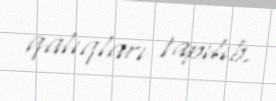
qalıqları tapılıb.